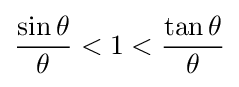
{\frac {\sin \theta }{\theta }}<1<{\frac {\tan \theta }{\theta }}